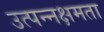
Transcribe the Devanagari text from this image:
उत्पन्नक्षमता